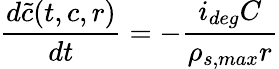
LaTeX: \frac{d\tilde{c}(t,c,r)}{dt}=-\frac{i_{deg}C}{\rho_{s,max}r}